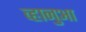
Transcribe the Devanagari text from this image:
व्हानुआ